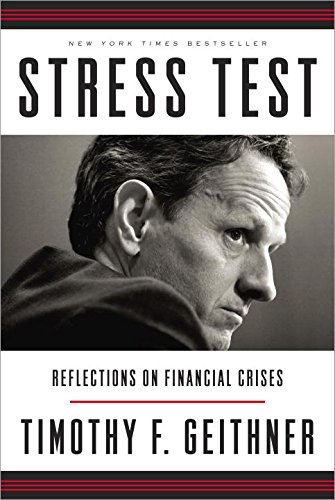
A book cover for Stress Test: Reflections on Financial Crises; Timothy F. Geithner; Business & Money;